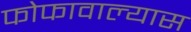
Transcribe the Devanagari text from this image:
फोफावाल्यास